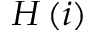
H \, ( i )